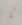
في